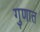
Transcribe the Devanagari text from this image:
गुणात